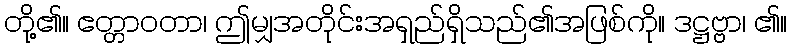
တို့၏။ ဧတ္တာဝတာ၊ ဤမျှအတိုင်းအရှည်ရှိသည်၏အဖြစ်ကို။ ဒဋ္ဌဗ္ဗာ၊ ၏။